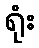
ရုံး